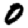
Digit: 0